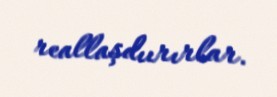
reallaşdıırırlar.